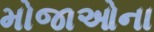
મોજાઓના